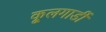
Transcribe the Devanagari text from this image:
कूलगार्डी